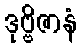
ဒုဗ္ဗိဇာနံ